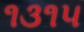
૧૩૧૫